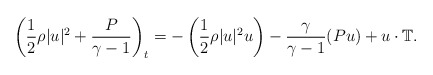
\begin{align*} \left( \frac{1}{2}\rho|u|^2+\frac{P}{\gamma-1}\right)_t&=-\left(\frac{1}{2}\rho|u|^2u\right)-\frac{\gamma}{\gamma-1} (P u)+u\cdot \mathbb{T }.\end{align*}